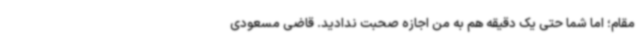
مقام؛ اما شما حتی یک دقیقه‌ هم به من اجازه صحبت ندادید. قاضی مسعودی